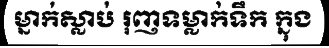
ម្នាក់ស្លាប់ រុញទម្លាក់ទឹក ក្នុង